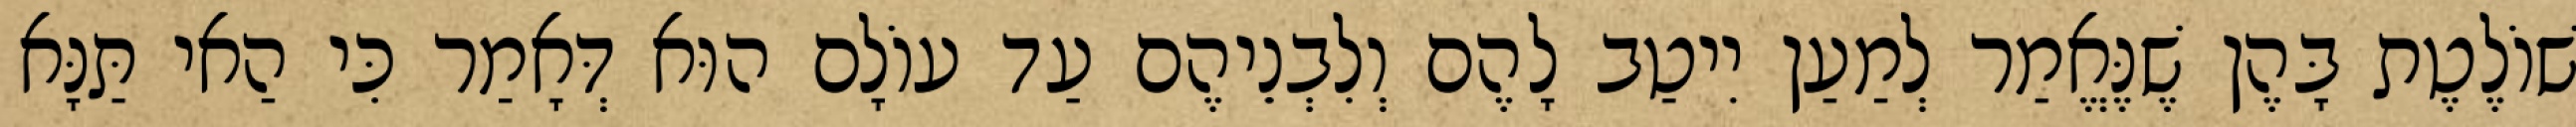
שׁוֹלֶטֶת בָּהֶן שֶׁנֶּאֱמַר לְמַעַן יִיטַב לָהֶם וְלִבְנֵיהֶם עַד עוֹלָם הוּא דְּאָמַר כִּי הַאי תַּנָּא